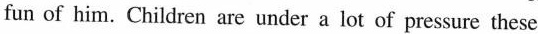
fun of him. Children are under a lot of pressure these